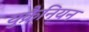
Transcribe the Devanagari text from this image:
युक्रैनियन